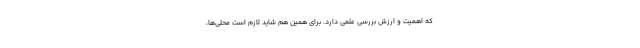
که اهمیت و ارزش بررسی علمی دارد. برای همین هم شاید لازم است محلی‌ها،